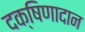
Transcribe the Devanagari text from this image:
दक्षिणादान